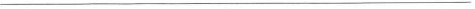
___